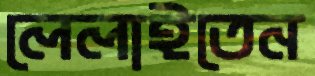
লেলাইতেন